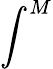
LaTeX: \int^{M}